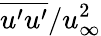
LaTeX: \overline{{u^{\prime}u^{\prime}}}/u_{\infty}^{2}